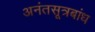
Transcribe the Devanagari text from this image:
अनंतसूत्रबांध